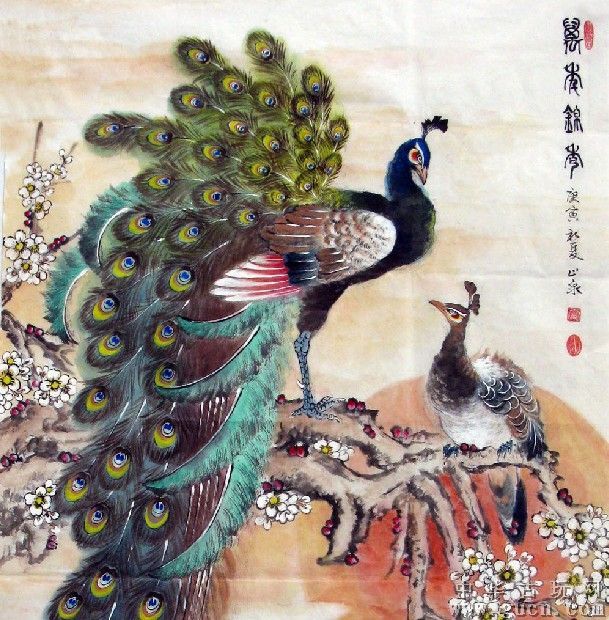
严妆欲罢啭黄鹂，飞上万年枝。